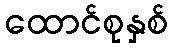
ထောင်စုနှစ်